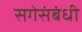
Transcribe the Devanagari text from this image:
सगेसंबंधी